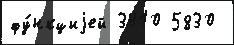
фу́нкциjей 3410 5830